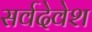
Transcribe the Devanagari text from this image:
सर्वदेवेश